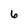
Character: 6